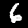
Label: 6